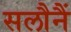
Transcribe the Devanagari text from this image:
सलौनैं